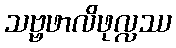
သဗ္ဗဖာလိဖုလ္လဿ